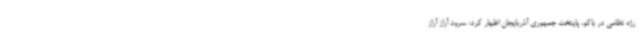
رژه نظامی در باکو، پایتخت جمهوری آذربایجان اظهار کرد: سرود آراز آراز